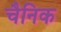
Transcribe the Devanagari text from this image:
चैनिक